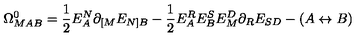
\Omega _ { M A B } ^ { 0 } = \frac { 1 } { 2 } E _ { A } ^ { N } \partial _ { [ M } E _ { N ] B } - \frac { 1 } { 2 } E _ { A } ^ { R } E _ { B } ^ { S } E _ { M } ^ { D } \partial _ { R } E _ { S D } - ( A \leftrightarrow B )